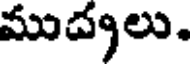
ముచ్చలు.